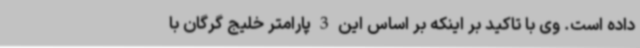
داده است. وی با تاکید بر اینکه بر اساس این 3 پارامتر خلیج گرگان با